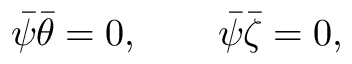
\bar { \psi } \bar { \theta } = 0 , \qquad \bar { \psi } \bar { \zeta } = 0 ,